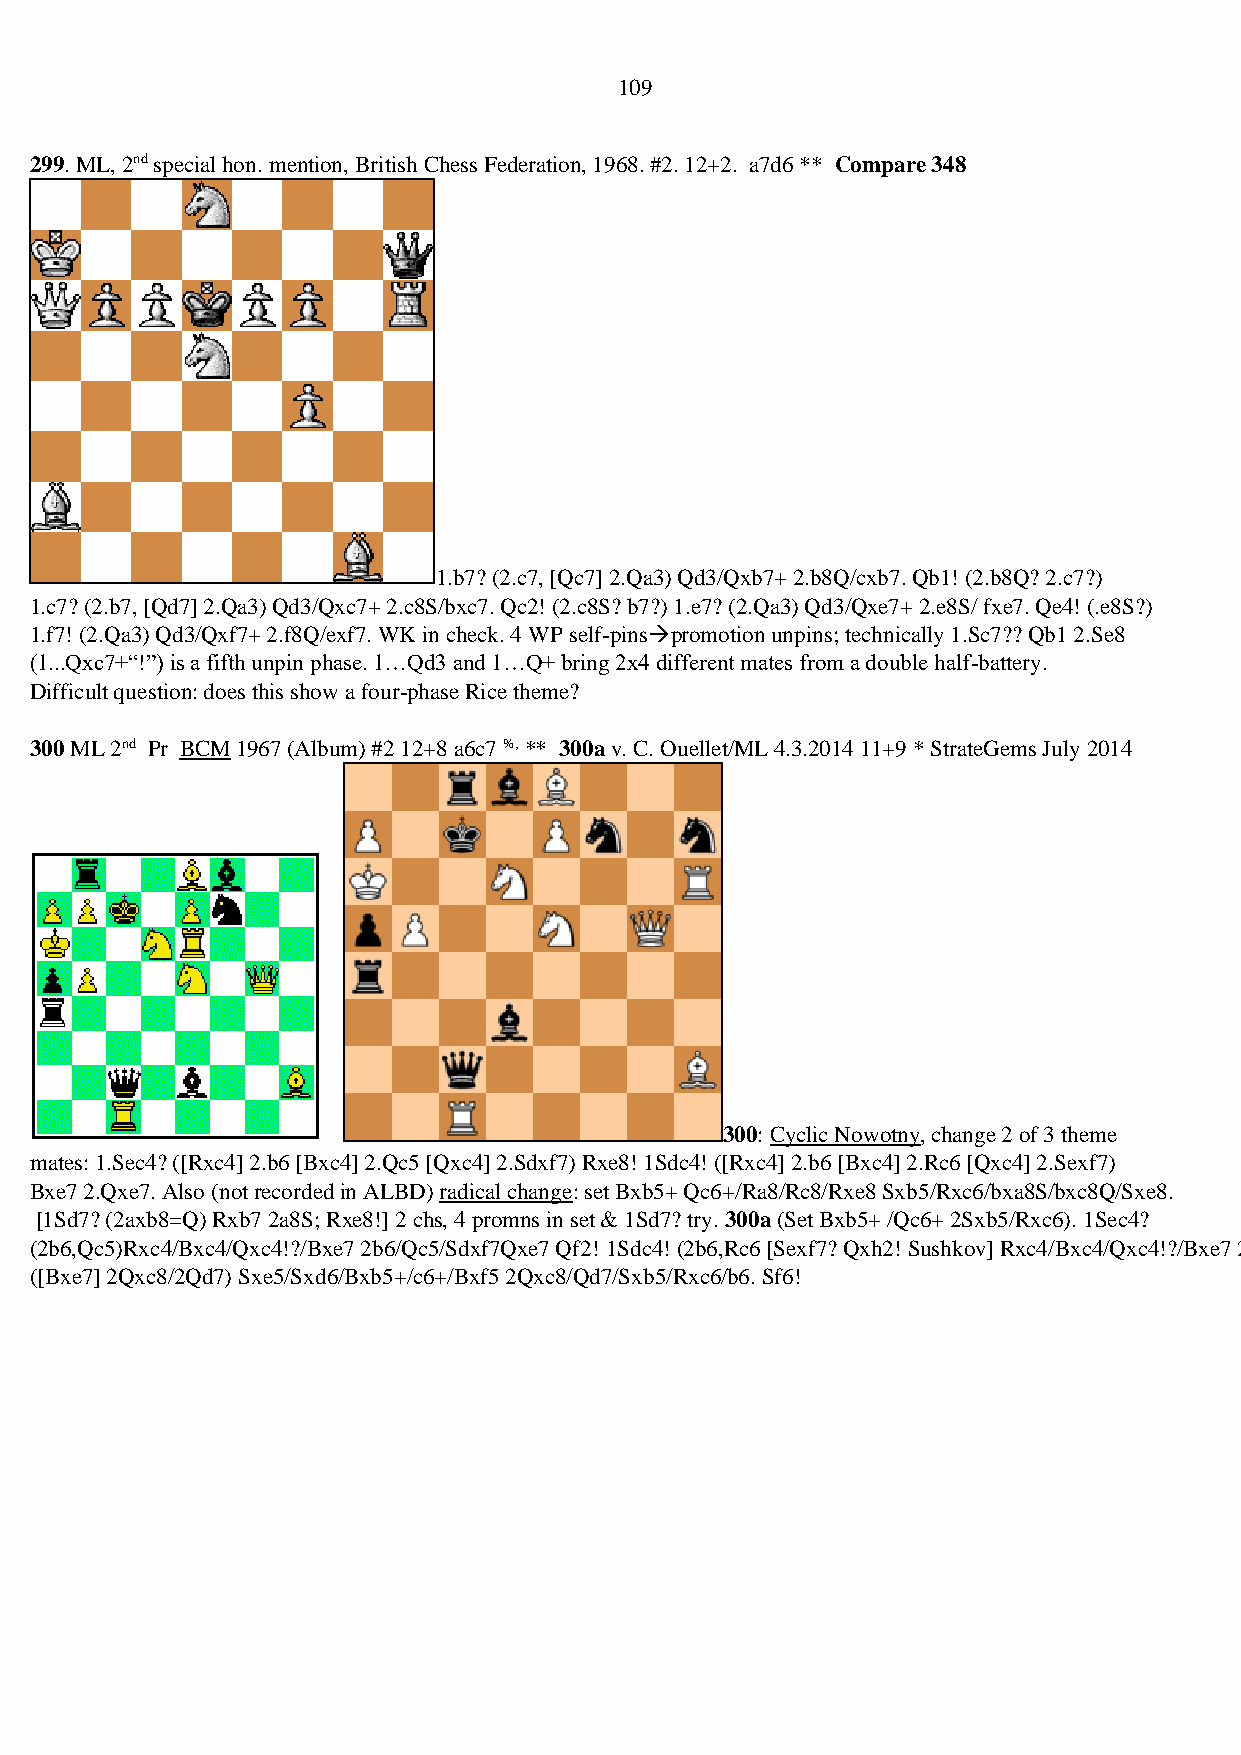
109
 299. ML, 2nd special hon. mention, British Chess Federation, 1968. #2. 12+2. a7d6 ** Compare 348
 1.b7? (2.c7, [Qc7] 2.Qa3) Qd3/Qxb7+ 2.b8Q/cxb7. Qb1! (2.b8Q? 2.c7?)
 1.c7? (2.b7, [Qd7] 2.Qa3) Qd3/Qxc7+ 2.c8S/bxc7. Qc2! (2.c8S? b7?) 1.e7? (2.Qa3) Qd3/Qxe7+ 2.e8S/ fxe7. Qe4! (.e8S?)
 1.f7! (2.Qa3) Qd3/Qxf7+ 2.f8Q/exf7. WK in check. 4 WP self-pins→promotion unpins; technically 1.Sc7?? Qb1 2.Se8
 (1...Qxc7+“!”) is a fifth unpin phase. 1…Qd3 and 1…Q+ bring 2x4 different mates from a double half-battery.
 Difficult question: does this show a four-phase Rice theme?
 300 ML 2nd Pr BCM 1967 (Album) #2 12+8 a6c7 %, ** 300a v. C. Ouellet/ML 4.3.2014 11+9 * StrateGems July 2014
 300: Cyclic Nowotny, change 2 of 3 theme
 mates: 1.Sec4? ([Rxc4] 2.b6 [Bxc4] 2.Qc5 [Qxc4] 2.Sdxf7) Rxe8! 1Sdc4! ([Rxc4] 2.b6 [Bxc4] 2.Rc6 [Qxc4] 2.Sexf7)
 Bxe7 2.Qxe7. Also (not recorded in ALBD) radical change: set Bxb5+ Qc6+/Ra8/Rc8/Rxe8 Sxb5/Rxc6/bxa8S/bxc8Q/Sxe8.
 [1Sd7? (2axb8=Q) Rxb7 2a8S; Rxe8!] 2 chs, 4 promns in set & 1Sd7? try. 300a (Set Bxb5+ /Qc6+ 2Sxb5/Rxc6). 1Sec4?
 (2b6,Qc5)Rxc4/Bxc4/Qxc4!?/Bxe7 2b6/Qc5/Sdxf7Qxe7 Qf2! 1Sdc4! (2b6,Rc6 [Sexf7? Qxh2! Sushkov] Rxc4/Bxc4/Qxc4!?/Bxe7 2b6/Rc6/Sexf7/Qxe7. [1.Qf5?
 ([Bxe7] 2Qxc8/2Qd7) Sxe5/Sxd6/Bxb5+/c6+/Bxf5 2Qxc8/Qd7/Sxb5/Rxc6/b6. Sf6!